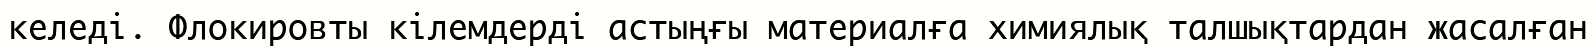
келеді. Флокировты кілемдерді астыңғы материалға химиялық талшықтардан жасалған